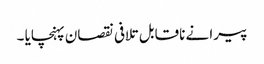
پیرا نے ناقابل تلافی نقصان پہنچایا ۔